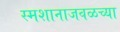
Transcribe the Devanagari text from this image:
स्मशानाजवळच्या